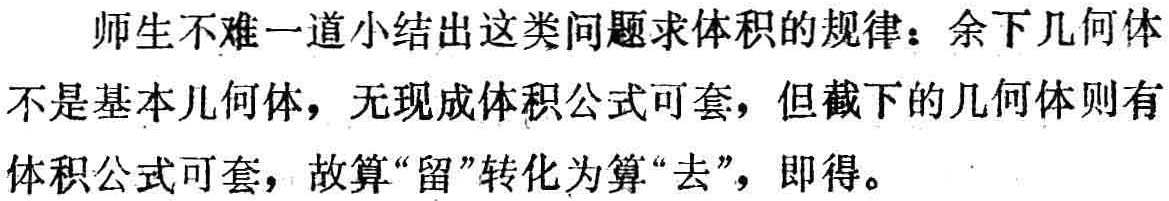
师生不难一道小结出这类问题求体积的规律：余下几何体不是基本几何体，无现成体积公式可套，但截下的几何体则有体积公式可套，故算“留”转化为算“去”，即得。